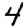
Digit: 4